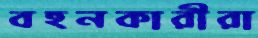
বহনকারীরা